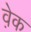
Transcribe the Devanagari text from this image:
व़ेक